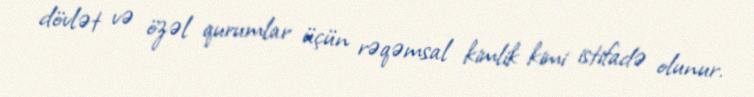
dövlət və özəl qurumlar üçün rəqəmsal kimlik kimi istifadə olunur.